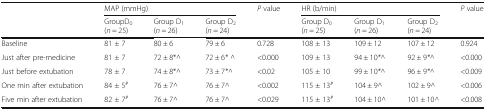
<table><thead><tr><td rowspan="2"></td><td colspan="3"><b>MAP (mmHg)</b></td><td rowspan="2"><b><i>P</i> value</b></td><td colspan="3"><b>HR (b/min)</b></td><td rowspan="2"><b><i>P</i> value</b></td></tr><tr><td><b>GroupD<sub>0</sub>(<i>n</i> = 25)</b></td><td><b>Group D<sub>1</sub>(<i>n</i> = 26)</b></td><td><b>Group D<sub>2</sub>(<i>n</i> = 24)</b></td><td><b>Group D<sub>0</sub>(<i>n</i> = 25)</b></td><td><b>Group D<sub>1</sub>(<i>n</i> = 26)</b></td><td><b>Group D<sub>2</sub>(<i>n</i> = 24)</b></td></tr></thead><tbody><tr><td>Baseline</td><td>81 ± 7</td><td>80 ± 6</td><td>79 ± 6</td><td>0.728</td><td>108 ± 13</td><td>109 ± 12</td><td>107 ± 12</td><td>0.924</td></tr><tr><td>Just after pre-medicine</td><td>81 ± 7</td><td>72 ± 8*^</td><td>72 ± 6<i>*</i> ^</td><td>&lt;0.000</td><td>109 ± 13</td><td>94 ± 10<i>*</i>^</td><td>92 ± 9<i>*</i>^</td><td>&lt;0.000</td></tr><tr><td>Just before extubation</td><td>78 ± 7</td><td>74 ± 8*^</td><td>73 ± 7<i>*</i>^</td><td>&lt;0.02</td><td>105 ± 10</td><td>99 ± 10<i>*</i>^</td><td>96 ± 9<i>*</i>^</td><td>&lt;0.009</td></tr><tr><td>One min after extubation</td><td>84 ± 5<sup><i>#</i></sup></td><td>76 ± 7^</td><td>76 ± 7^</td><td>&lt;0.002</td><td>115 ± 13<sup><i>#</i></sup></td><td>104 ± 9^</td><td>102 ± 9^</td><td>&lt;0.006</td></tr><tr><td>Five min after extubation</td><td>82 ± 7<sup><i>#</i></sup></td><td>76 ± 7^</td><td>76 ± 7^</td><td>&lt;0.029</td><td>115 ± 13<sup><i>#</i></sup></td><td>104 ± 10^</td><td>101 ± 10^</td><td>&lt;0.008</td></tr></tbody></table>